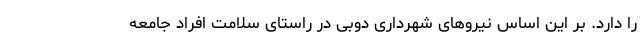
را دارد. بر این اساس نیروهای شهرداری دوبی در راستای سلامت افراد جامعه